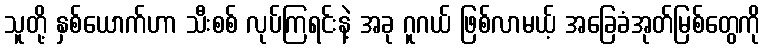
သူတို့ နှစ်ယောက်ဟာ သီးစစ် လုပ်ကြရင်းနဲ့ အခု ဂူဂယ် ဖြစ်လာမယ့် အခြေခံအုတ်မြစ်တွေကို